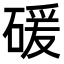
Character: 𥔛